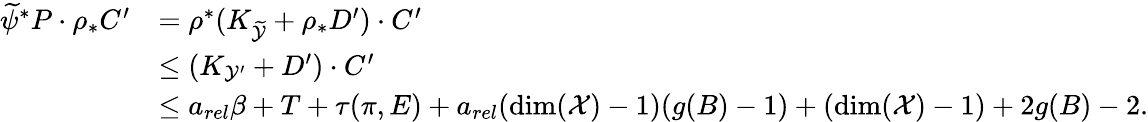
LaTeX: \begin{array}{rl}{\widetilde{\psi}^{*}P\cdot\rho_{*}C^{\prime}}&{=\rho^{*}(K_{\widetilde{\mathcal{Y}}}+\rho_{*}D^{\prime})\cdot C^{\prime}}\\ &{\leq(K_{\mathcal{Y}^{\prime}}+D^{\prime})\cdot C^{\prime}}\\ &{\leq a_{rel}\beta+T+\tau(\pi,E)+a_{rel}(\dim(\mathcal{X})-1)(g(B)-1)+(\dim(\mathcal{X})-1)+2g(B)-2.}\end{array}